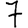
Digit: 7